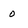
Character: 0